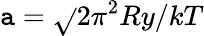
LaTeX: \mathtt{a}=\sqrt{}{{2\pi^{2}Ry/kT}}